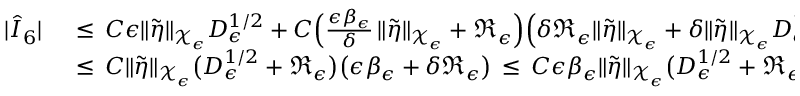
\begin{array} { r l } { | \hat { I } _ { 6 } | \, } & { { } \le \, C \epsilon \| \tilde { \eta } \| _ { \mathcal { X } _ { \epsilon } } D _ { \epsilon } ^ { 1 / 2 } + C \Bigl ( \frac { \epsilon \beta _ { \epsilon } } { \delta } \, \| \tilde { \eta } \| _ { \mathcal { X } _ { \epsilon } } + \mathfrak { R } _ { \epsilon } \Bigr ) \Bigl ( \delta \mathfrak { R } _ { \epsilon } \| \tilde { \eta } \| _ { \mathcal { X } _ { \epsilon } } + \delta \| \tilde { \eta } \| _ { \mathcal { X } _ { \epsilon } } D _ { \epsilon } ^ { 1 / 2 } \Bigr ) } \\ { \, } & { { } \le \, C \| \tilde { \eta } \| _ { \mathcal { X } _ { \epsilon } } \bigl ( D _ { \epsilon } ^ { 1 / 2 } + \mathfrak { R } _ { \epsilon } \bigr ) \bigl ( \epsilon \beta _ { \epsilon } + \delta \mathfrak { R } _ { \epsilon } \bigr ) \, \le \, C \epsilon \beta _ { \epsilon } \| \tilde { \eta } \| _ { \mathcal { X } _ { \epsilon } } \bigl ( D _ { \epsilon } ^ { 1 / 2 } + \mathfrak { R } _ { \epsilon } \bigr ) \, . } \end{array}